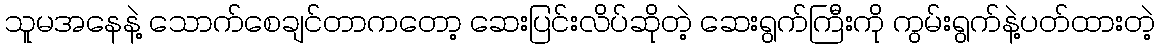
သူမအနေနဲ့ သောက်စေချင်တာကတော့ ဆေးပြင်းလိပ်ဆိုတဲ့ ဆေးရွက်ကြီးကို ကွမ်းရွက်နဲ့ပတ်ထားတဲ့